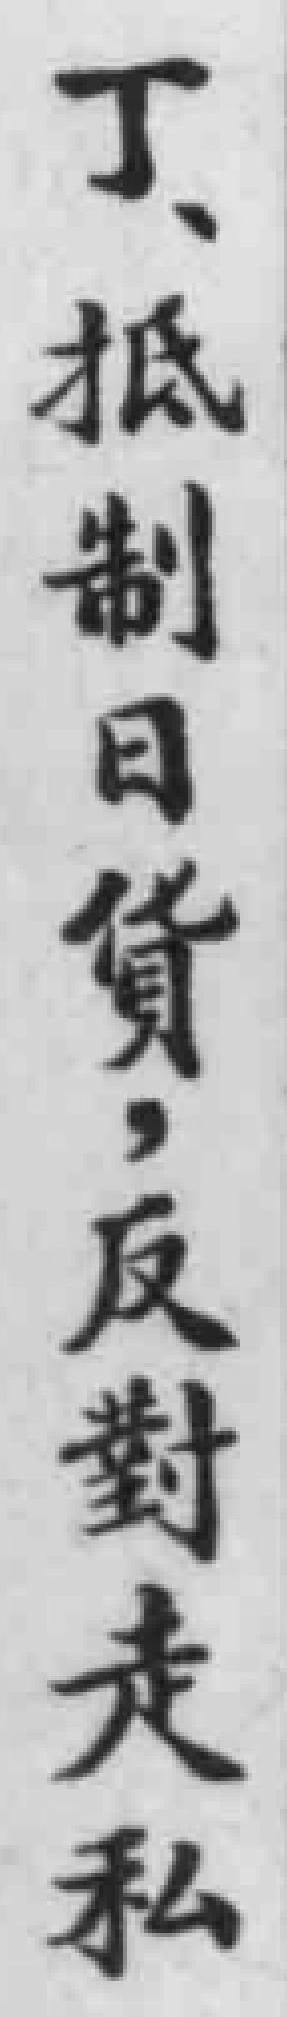
丁、抵制日貨，反對走私